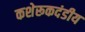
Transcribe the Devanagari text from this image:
कशेरूकदंडीय